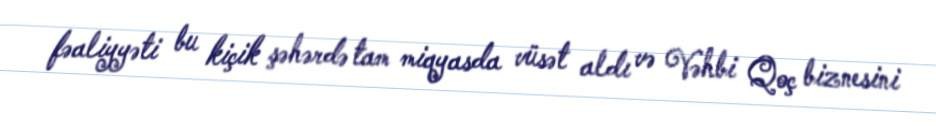
fəaliyyəti bu kiçik şəhərdə tam miqyasda vüsət aldı və Vəhbi Qoç biznesini